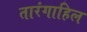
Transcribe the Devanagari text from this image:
तारंगाहिल